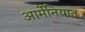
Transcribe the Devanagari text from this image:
आर्मेनियात